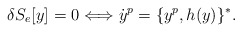
\begin{align*}\delta S_e[y]=0 \Longleftrightarrow\dot y^p=\{y^p,h(y)\}^*.\end{align*}